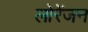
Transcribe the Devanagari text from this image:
लोरेंजन